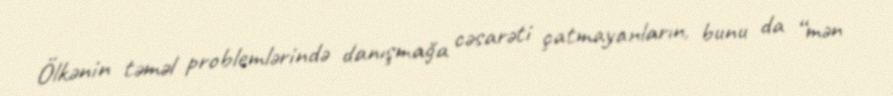
Ölkənin təməl problemlərində danışmağa cəsarəti çatmayanların, bunu da “mən